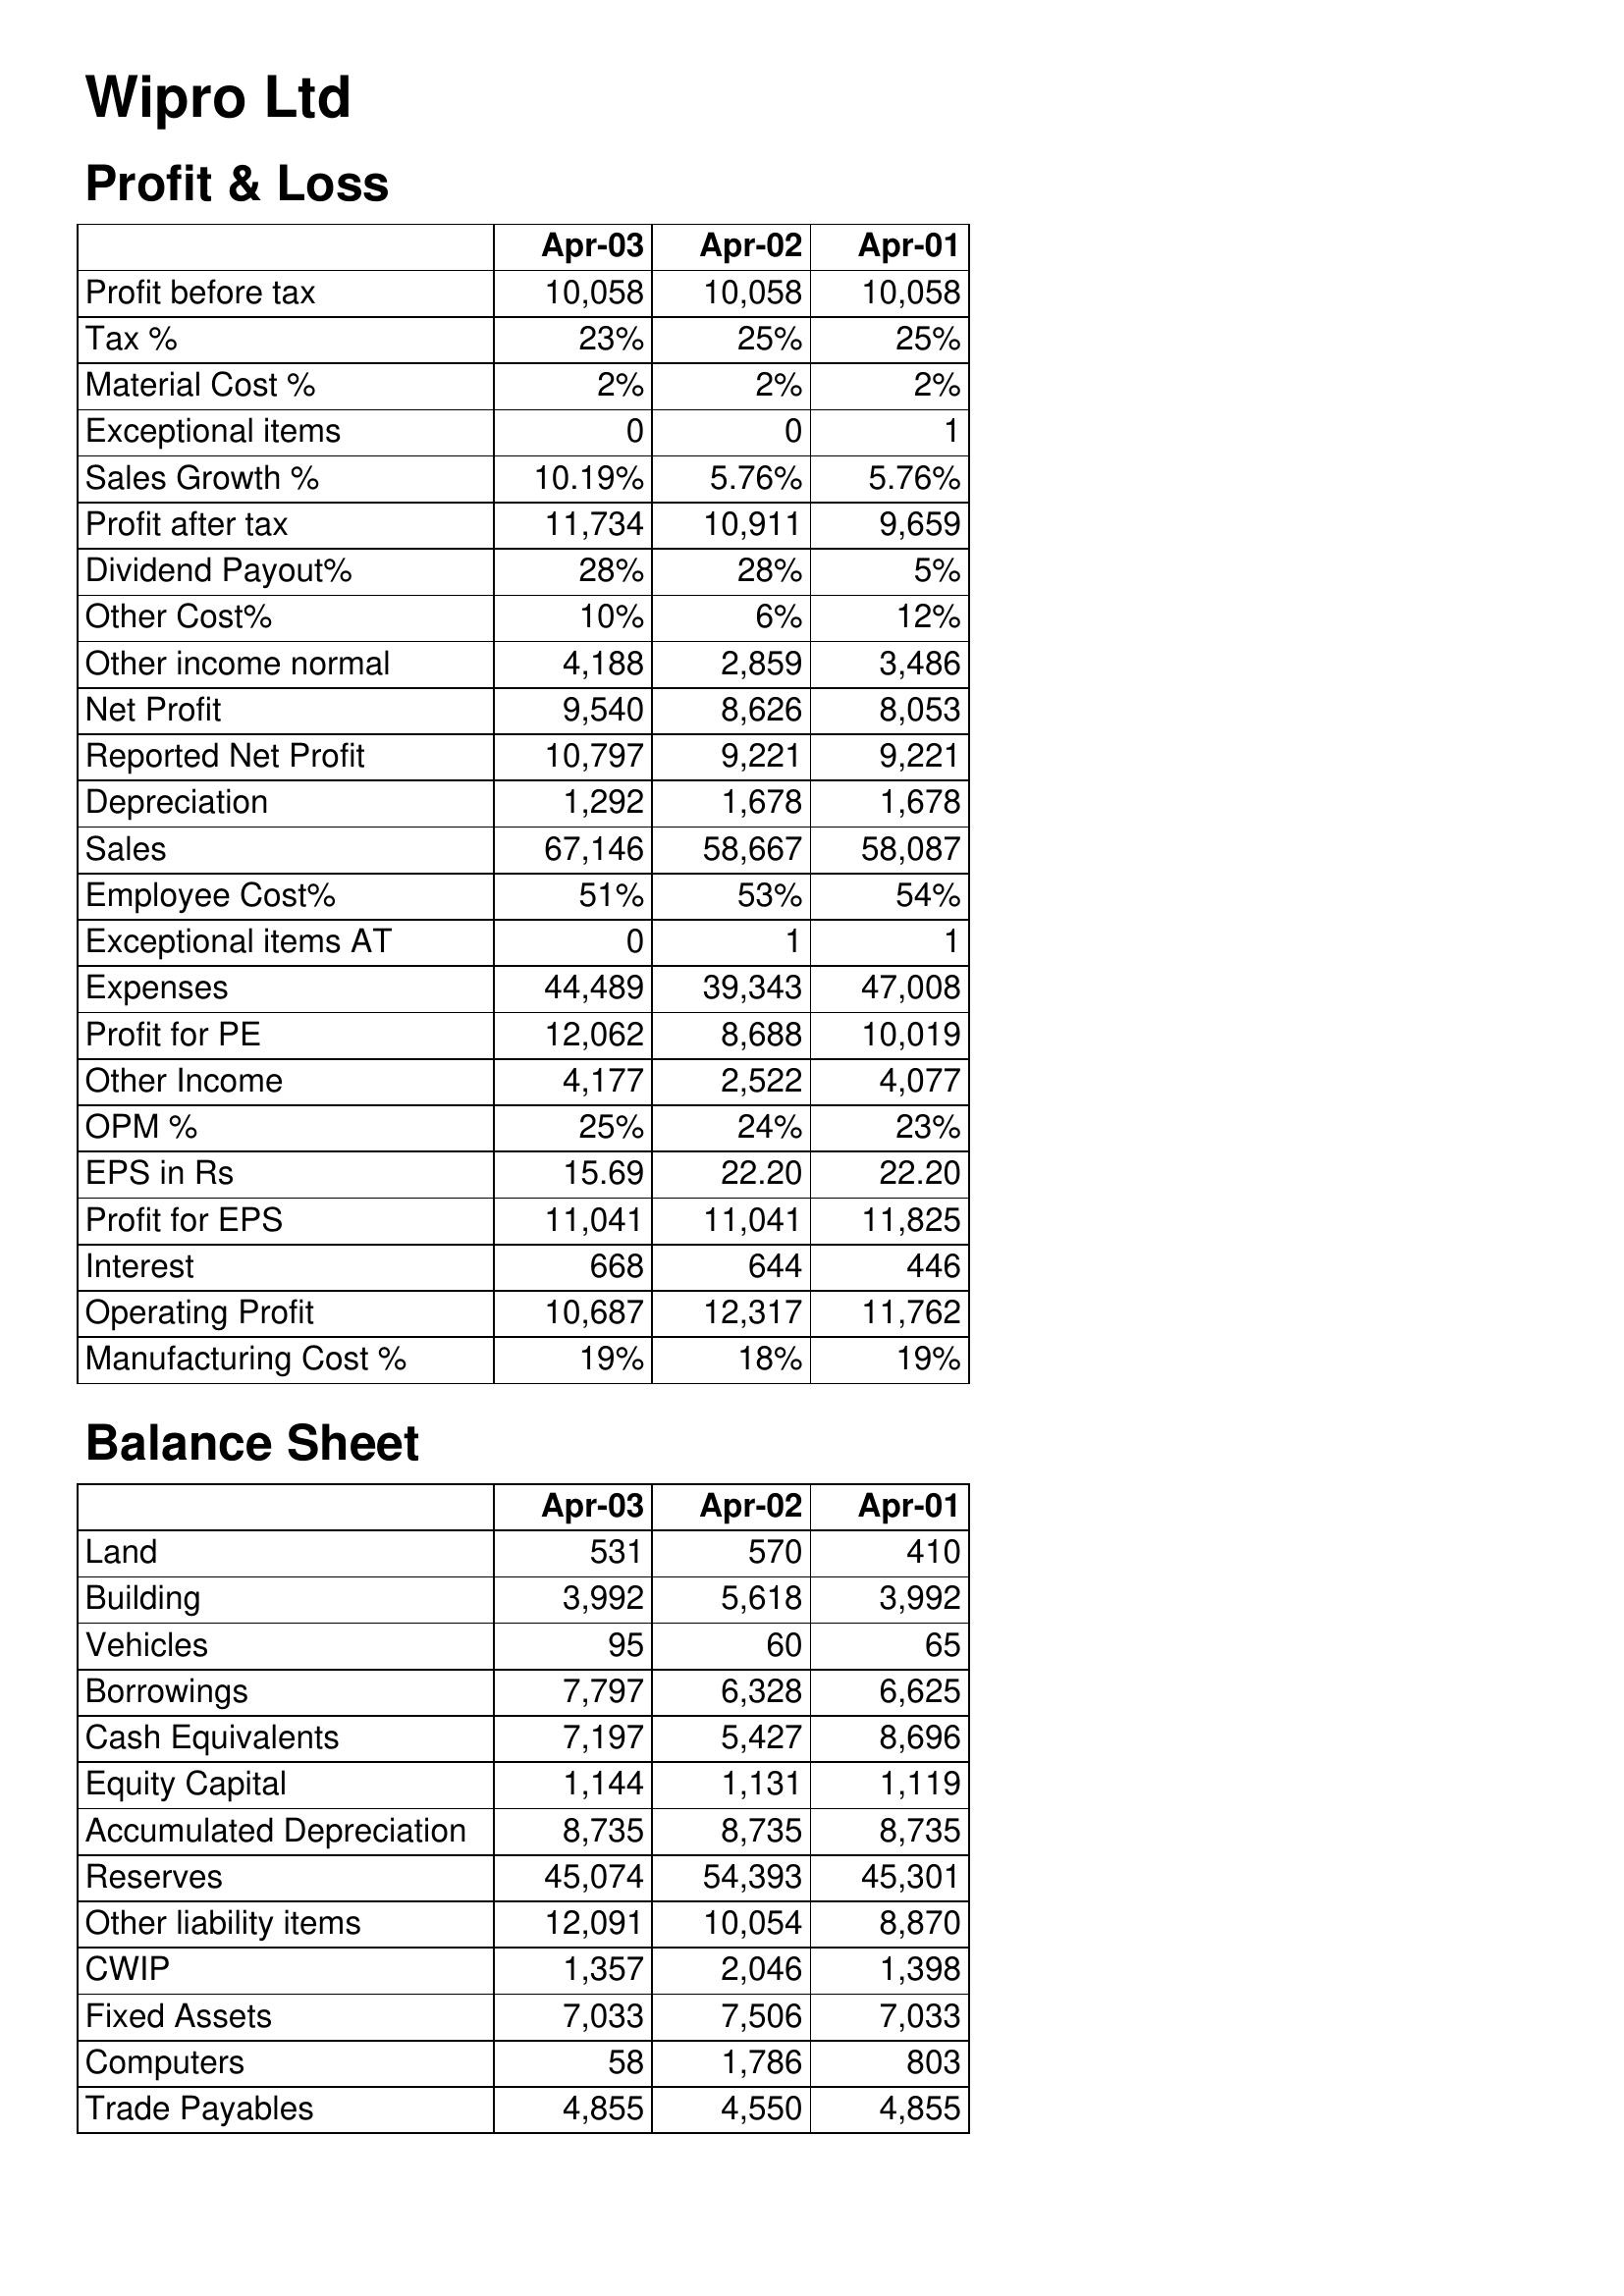
Apr-03: Profit & Loss: Profit before tax: 10,058
Tax %: 23%
Material Cost %: 2%
Exceptional items: 0
Sales Growth %: 10.19%
Profit after tax: 11,734
Dividend Payout%: 28%
Other Cost%: 10%
Other income normal: 4,188
Net Profit: 9,540
Reported Net Profit: 10,797
Depreciation: 1,292
Sales: 67,146
Employee Cost%: 51%
Exceptional items AT: 0
Expenses: 44,489
Profit for PE: 12,062
Other Income: 4,177
OPM %: 25%
EPS in Rs: 15.69
Profit for EPS: 11,041
Interest: 668
Operating Profit: 10,687
Manufacturing Cost %: 19%
Balance Sheet: Land: 531
Building: 3,992
Vehicles: 95
Borrowings: 7,797
Cash Equivalents: 7,197
Equity Capital: 1,144
Accumulated Depreciation: 8,735
Reserves: 45,074
Other liability items: 12,091
CWIP: 1,357
Fixed Assets: 7,033
Computers: 58
Trade Payables: 4,855
Apr-02: Profit & Loss: Profit before tax: 10,058
Tax %: 25%
Material Cost %: 2%
Exceptional items: 0
Sales Growth %: 5.76%
Profit after tax: 10,911
Dividend Payout%: 28%
Other Cost%: 6%
Other income normal: 2,859
Net Profit: 8,626
Reported Net Profit: 9,221
Depreciation: 1,678
Sales: 58,667
Employee Cost%: 53%
Exceptional items AT: 1
Expenses: 39,343
Profit for PE: 8,688
Other Income: 2,522
OPM %: 24%
EPS in Rs: 22.20
Profit for EPS: 11,041
Interest: 644
Operating Profit: 12,317
Manufacturing Cost %: 18%
Balance Sheet: Land: 570
Building: 5,618
Vehicles: 60
Borrowings: 6,328
Cash Equivalents: 5,427
Equity Capital: 1,131
Accumulated Depreciation: 8,735
Reserves: 54,393
Other liability items: 10,054
CWIP: 2,046
Fixed Assets: 7,506
Computers: 1,786
Trade Payables: 4,550
Apr-01: Profit & Loss: Profit before tax: 10,058
Tax %: 25%
Material Cost %: 2%
Exceptional items: 1
Sales Growth %: 5.76%
Profit after tax: 9,659
Dividend Payout%: 5%
Other Cost%: 12%
Other income normal: 3,486
Net Profit: 8,053
Reported Net Profit: 9,221
Depreciation: 1,678
Sales: 58,087
Employee Cost%: 54%
Exceptional items AT: 1
Expenses: 47,008
Profit for PE: 10,019
Other Income: 4,077
OPM %: 23%
EPS in Rs: 22.20
Profit for EPS: 11,825
Interest: 446
Operating Profit: 11,762
Manufacturing Cost %: 19%
Balance Sheet: Land: 410
Building: 3,992
Vehicles: 65
Borrowings: 6,625
Cash Equivalents: 8,696
Equity Capital: 1,119
Accumulated Depreciation: 8,735
Reserves: 45,301
Other liability items: 8,870
CWIP: 1,398
Fixed Assets: 7,033
Computers: 803
Trade Payables: 4,855